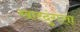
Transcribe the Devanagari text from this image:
खारदुंगला